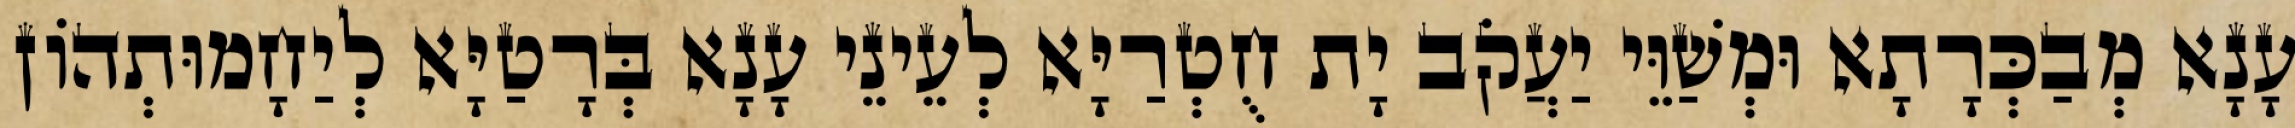
עָנָא מְבַכְּרָתָא וּמְשַׁוֵּי יַעֲקֹב יָת חֻטְרַיָּא לְעֵינֵי עָנָא בְּרָטַיָּא לְיַחָמוּתְהוֹן